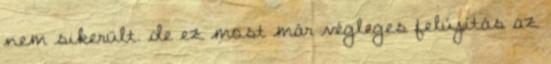
nem sikerült. de ez most már végleges felújítás az